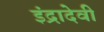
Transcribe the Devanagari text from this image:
इंद्रादेवी